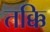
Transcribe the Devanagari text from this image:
तक्कि